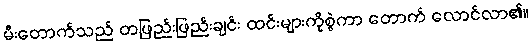
မီးတောက်သည် တဖြည်းဖြည်းချင်း ထင်းများကိုစွဲကာ တောက် လောင်လာ၏။